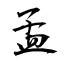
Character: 孟